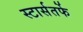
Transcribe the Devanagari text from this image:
स्टार्सतर्फे